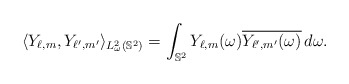
\begin{align*}\langle Y_{\ell, m}, Y_{\ell',m'}\rangle_{L^2_\omega(\mathbb S^2)} = \int_{\mathbb S^2}{Y_{\ell, m}(\omega)} \overline{Y_{\ell',m'}(\omega)}\,d\omega.\end{align*}